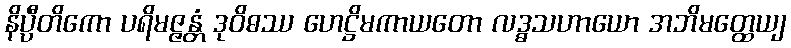
နိပ္ပီတိကော ပရိမဇ္ဇန္တံ ဒုဝိဓဿ ဟေဋ္ဌိမကာယတော လဒ္ဓသဟာယော အဘိမတ္ထေယျ